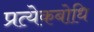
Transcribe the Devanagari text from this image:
प्रत्येकबोधि